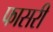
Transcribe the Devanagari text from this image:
फासरी